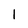
Character: I